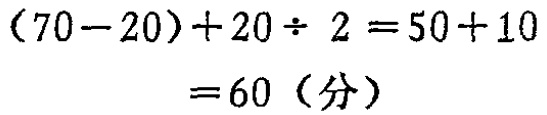
\((70 - 20)+20\div 2 = 50 + 10\\
= 60\)（分）